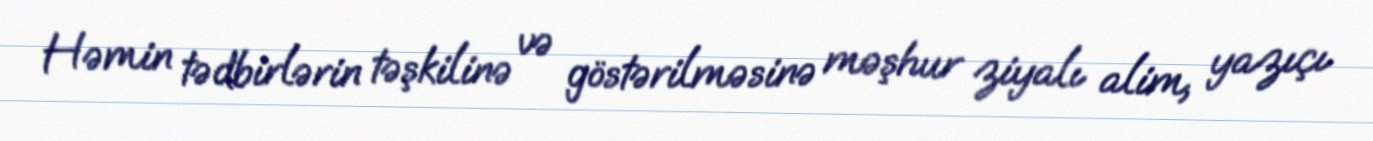
Həmin tədbirlərin təşkilinə və göstərilməsinə məşhur ziyalı alim, yazıçı